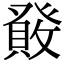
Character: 𤼹